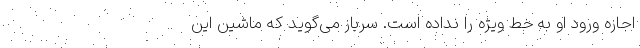
اجازه ورود او به خط ویژه را نداده است. سرباز می‌گوید که ماشین این